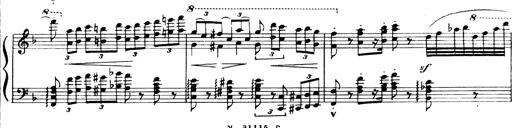
Title: Andante Finale und Marsch aus der Oper KÃ¶nig Alfred
Composer: Franz Liszt